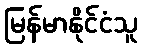
မြန်မာနိုင်ငံသူ